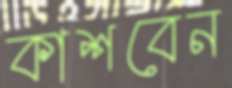
কাশবেন